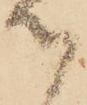
御